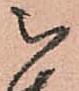
被